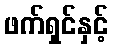
ဖက်ရှင်နှင့်